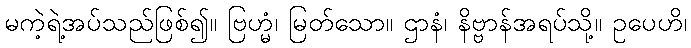
မကဲ့ရဲ့အပ်သည်ဖြစ်၍။ ဗြဟ္မံ၊ မြတ်သော။ ဌာနံ၊ နိဗ္ဗာန်အရပ်သို့။ ဥပေဟိ၊